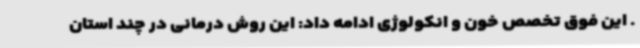
. این فوق تخصص خون و انکولوژی ادامه داد: این روش درمانی در چند استان